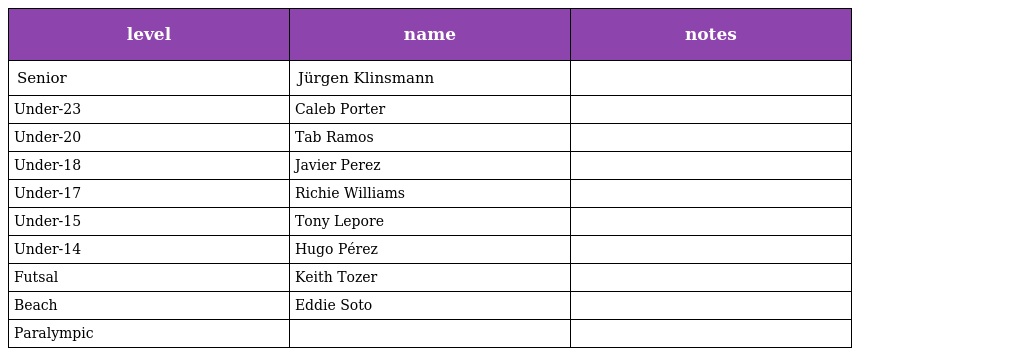
| level | name | notes |
 | --- | --- | --- |
 | Senior | Jürgen Klinsmann |  |
 | Under-23 | Caleb Porter |  |
 | Under-20 | Tab Ramos |  |
 | Under-18 | Javier Perez |  |
 | Under-17 | Richie Williams |  |
 | Under-15 | Tony Lepore |  |
 | Under-14 | Hugo Pérez |  |
 | Futsal | Keith Tozer |  |
 | Beach | Eddie Soto |  |
 | Paralympic |  |  |